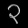
Digit: ၃